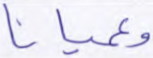
وعميانا